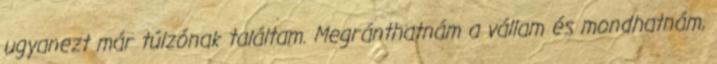
ugyanezt már túlzónak találtam. Megránthatnám a vállam és mondhatnám,